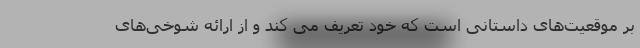
بر موقعیت‌های داستانی است که خود تعریف می کند و از ارائه شوخی‌های